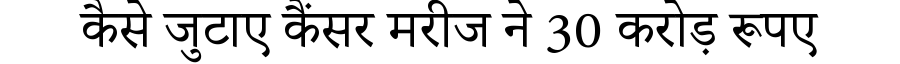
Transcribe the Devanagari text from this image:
कैसे जुटाए कैंसर मरीज ने 30 करोड़ रूपए